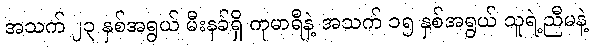
အသက် ၂၃ နှစ်အရွယ် မီးနခ်ရှိ ကုမာရီနဲ့ အသက် ၁၅ နှစ်အရွယ် သူရဲ့ညီမနဲ့